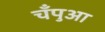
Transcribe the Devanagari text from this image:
चँपुआ